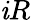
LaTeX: \mathit{i}R